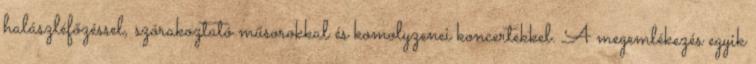
halászléfőzéssel, szórakoztató műsorokkal és komolyzenei koncertekkel. A megemlékezés egyik